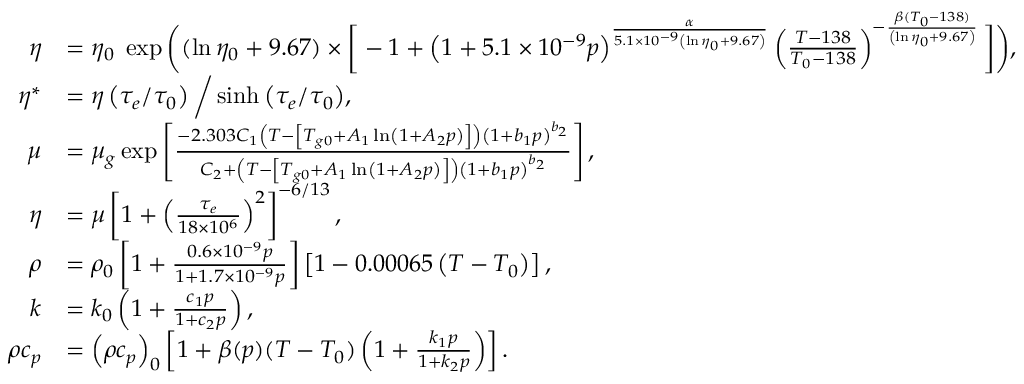
\begin{array} { r l } { \eta } & { = \eta _ { 0 } \; \exp \bigg ( ( \ln \eta _ { 0 } + 9 . 6 7 ) \times \bigg [ - 1 + \left( 1 + 5 . 1 \times 1 0 ^ { - 9 } p \right) ^ { \frac { \alpha } { 5 . 1 \times 1 0 ^ { - 9 } \left( \ln \eta _ { 0 } + 9 . 6 7 \right) } } \left( \frac { T - 1 3 8 } { T _ { 0 } - 1 3 8 } \right) ^ { - \frac { \beta ( T _ { 0 } - 1 3 8 ) } { \left( \ln \eta _ { 0 } + 9 . 6 7 \right) } } \bigg ] \bigg ) , } \\ { \eta ^ { * } } & { = \eta \left( \tau _ { e } / \tau _ { 0 } \right) \bigg / \sinh { \left( \tau _ { e } / \tau _ { 0 } \right) } , } \\ { \mu } & { = \mu _ { g } \exp \left[ \frac { - 2 . 3 0 3 C _ { 1 } \left( T - \left[ T _ { g 0 } + A _ { 1 } \ln \left( 1 + A _ { 2 } p \right) \right] \right) \left( 1 + b _ { 1 } p \right) ^ { b _ { 2 } } } { C _ { 2 } + \left( T - \left[ T _ { g 0 } + A _ { 1 } \ln \left( 1 + A _ { 2 } p \right) \right] \right) \left( 1 + b _ { 1 } p \right) ^ { b _ { 2 } } } \right] , } \\ { \eta } & { = \mu \left[ 1 + \left( \frac { \tau _ { e } } { 1 8 \times 1 0 ^ { 6 } } \right) ^ { 2 } \right] ^ { - 6 / 1 3 } , } \\ { \rho } & { = \rho _ { 0 } \left[ 1 + \frac { 0 . 6 \times 1 0 ^ { - 9 } p } { 1 + 1 . 7 \times 1 0 ^ { - 9 } p } \right] \left[ 1 - 0 . 0 0 0 6 5 \left( T - T _ { 0 } \right) \right] , } \\ { k } & { = k _ { 0 } \left( 1 + \frac { c _ { 1 } p } { 1 + c _ { 2 } p } \right) , } \\ { \rho c _ { p } } & { = \left( \rho c _ { p } \right) _ { 0 } \left[ 1 + \beta ( p ) ( T - T _ { 0 } ) \left( 1 + \frac { k _ { 1 } p } { 1 + k _ { 2 } p } \right) \right] . } \end{array}